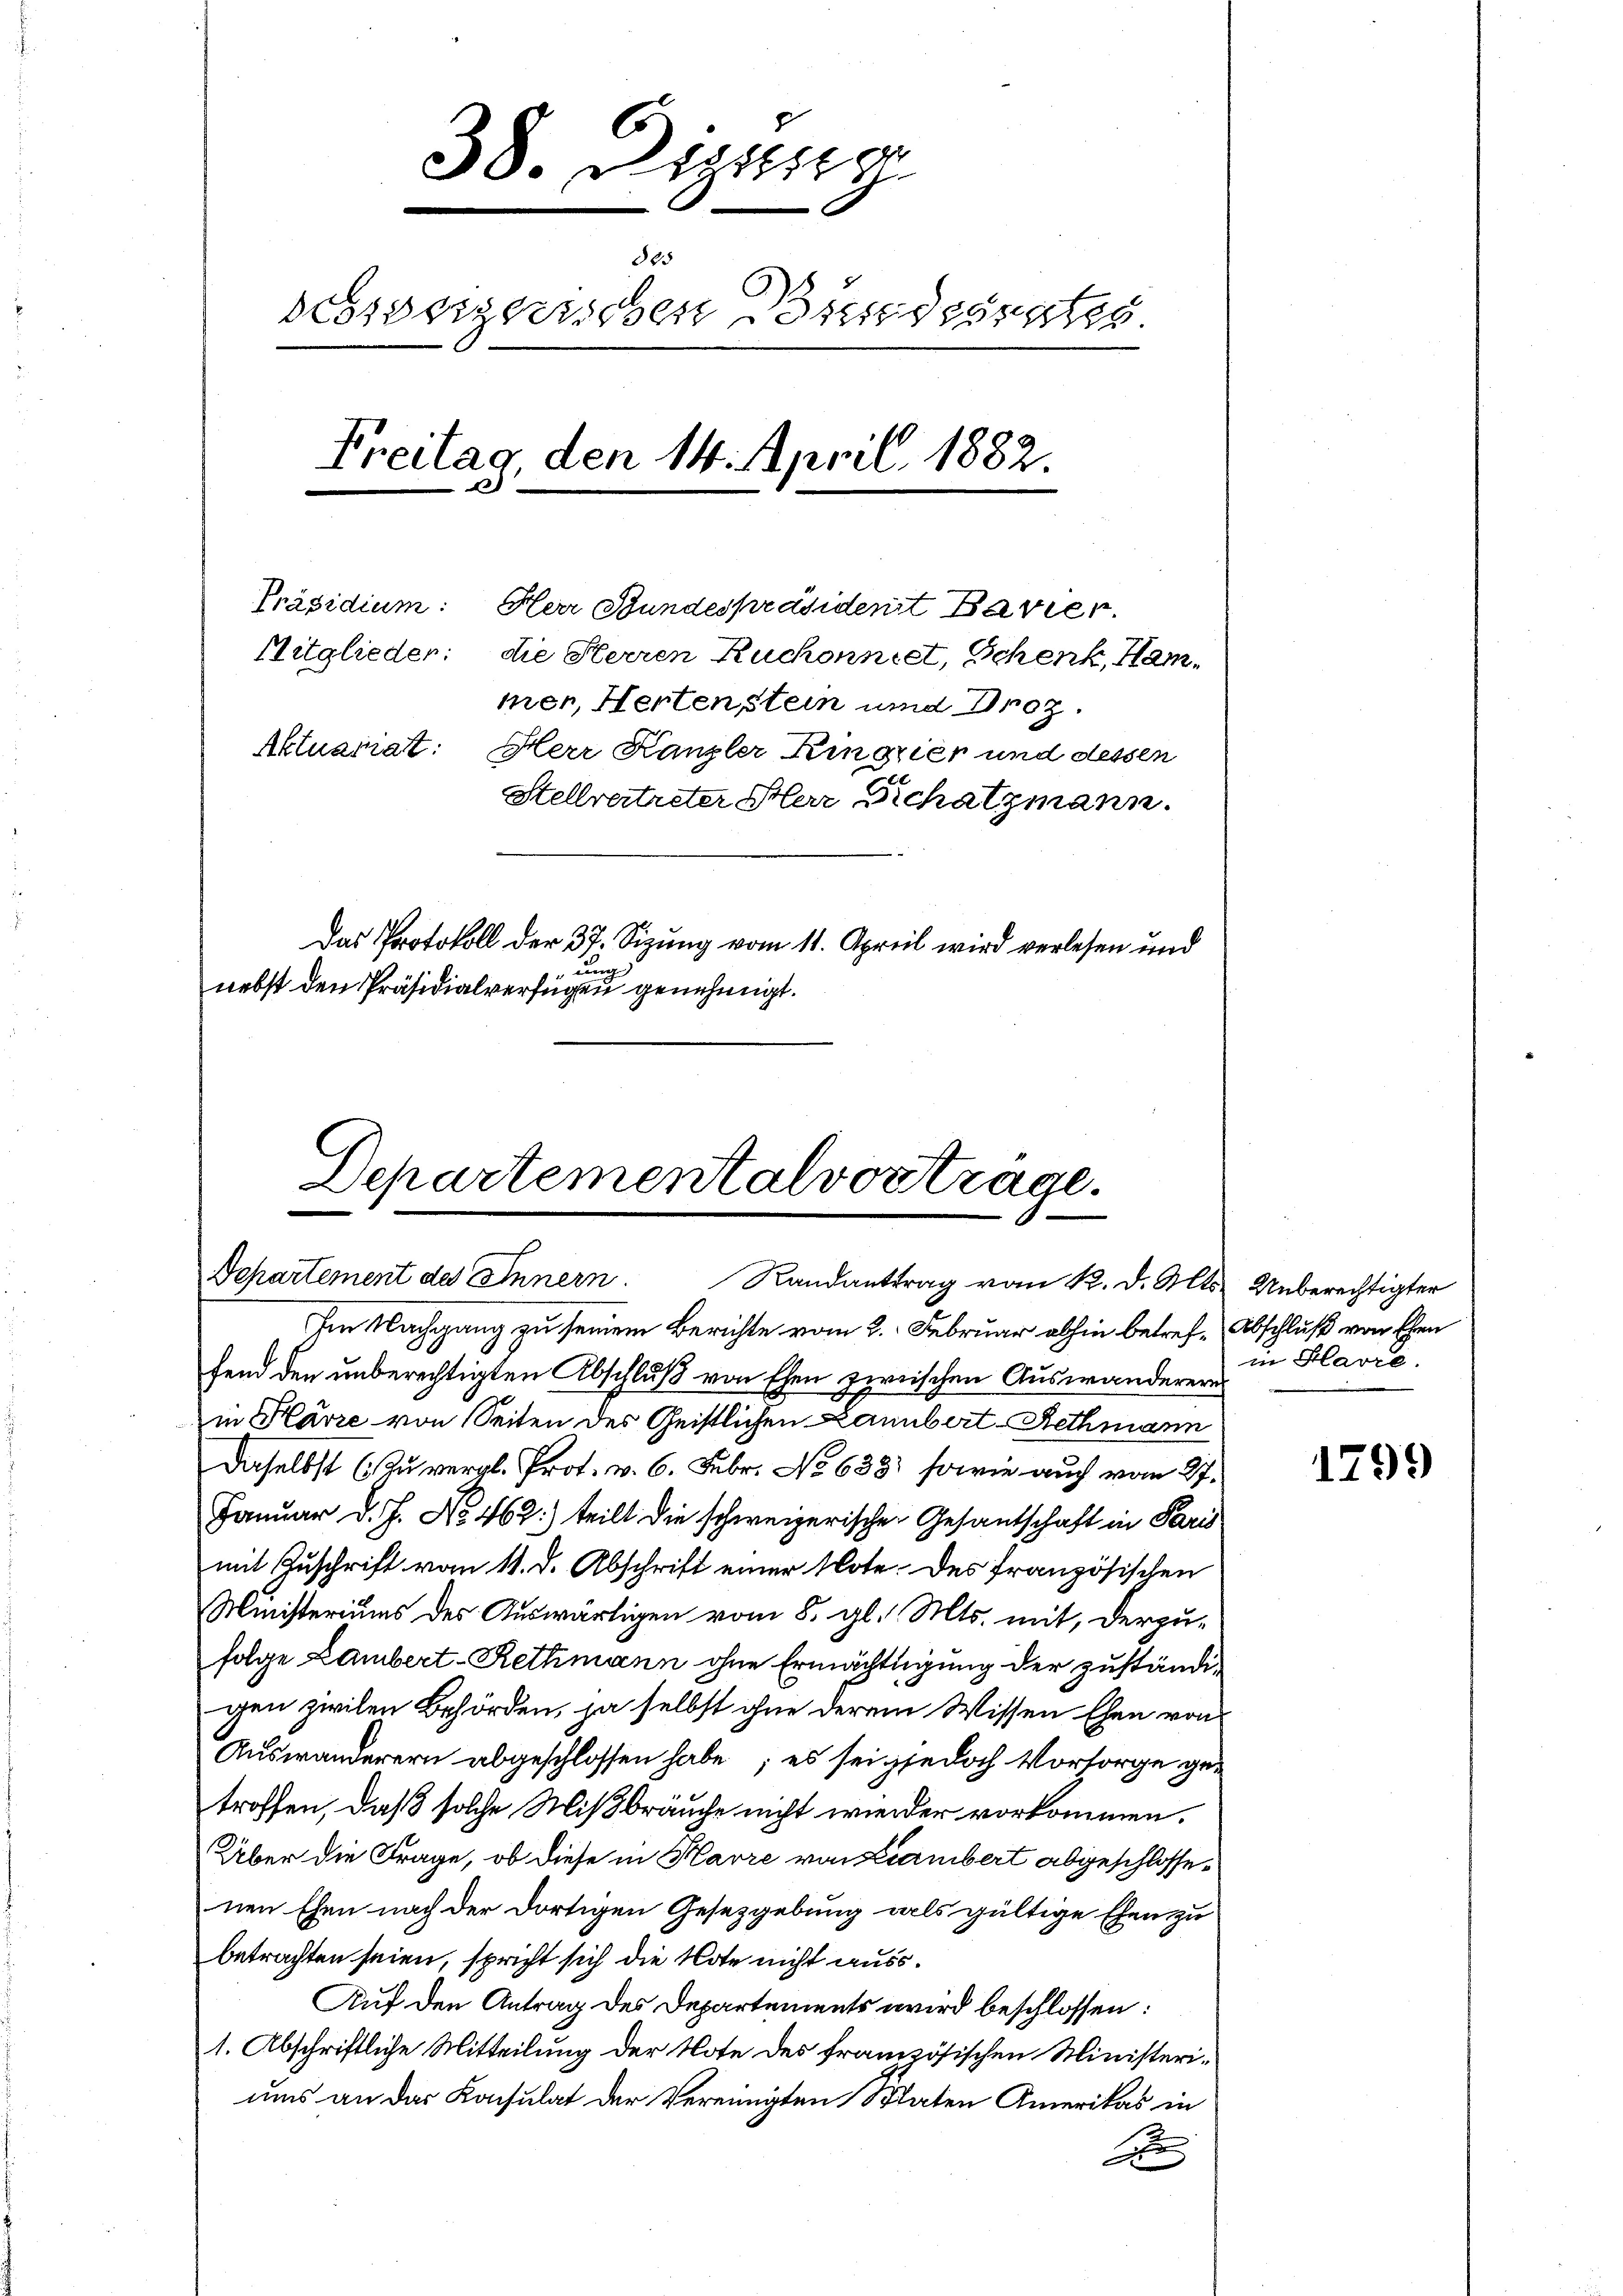
6
38. Deze
des
dessergerschen Bundesra
Freitag den 14. April 1882.
h
Präsidium. Herr Stundespräsident Bavier
Mitglieder: die Herren Ruchonniet, Schenk, Ham-
mer, Hertenstein und Droz.
Aktuariat:
Herr Kanzler Kinorier und dessen
Stellvertreter Herr Schatzmann.
Das Protokoll der 37. Sizung vom 11. April wird verlesen und
ung
nebst den Präsidialverfügen genehmigt.

Departementalvortrage.
Dchartement des Innern. Randantrag vom K. d. Mts. Unberechtigter

Im Nachgang zu seinem Berichte vom 2. Februar abhin betref-Abschluß von Ehren
fend den unberechtigten Abschluß von Ehen zwischen Auswanderere
in Harze von Seiten des Geistlichen Lannbert-Rethmann
daselbst (Zu vergl. Prot. v. 6. Febr. No 638) sowie auch vom 27.
Januar d. J. No. 462) teilt die schweizerischen Gesandschaft in Paris
mit Zuschrift vom 11. d. Abschrift einer Note. Des französischen
Ministeriums des Auswärtigen vom 8. gl. Mts. mit, derzufolge Lambert-Rethmann ohne Ermächtigung der zuständigen zivilen Behörden, ja selbst ohne derem Wissen Ehen von
Auswanderern abgeschlossen habe; es sei jedoch Vorsorge getroffen, daß solche Mißbräuche nicht wieder vorkommen.
Über die Frage, ob diese in Karre von Lambert abgeschlossenen Ehen nach der dortigen Gesetzgebung als gültige Ehen zu
betrachten seien, spricht sich die Note nicht auss¬
Auf den Antrag des Departements wird beschlossen:
1. Abschriftliche Mitteilung der Note des französischen Ministeriuns an das Konsulat der Vereinigten Staten Amerikas in
F

in Havre.

1799